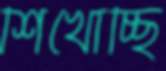
শিখোচ্ছি